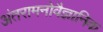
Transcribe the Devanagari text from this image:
अंतरामनोवैज्ञानिक